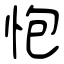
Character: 怉